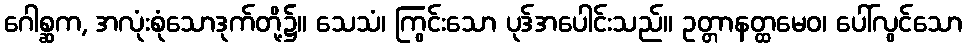
ဂေါစ္ဆက, အလုံးစုံသောဒုက်တို့၌။ သေသံ၊ ကြွင်းသော ပုဒ်အပေါင်းသည်။ ဥတ္တာနတ္ထမေဝ၊ ပေါ်လွင်သော